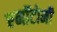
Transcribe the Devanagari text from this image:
एनॉटोमी